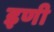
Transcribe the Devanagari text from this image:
इणी